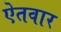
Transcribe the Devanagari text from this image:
ऐतवार